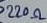
Text: 220Ω